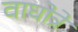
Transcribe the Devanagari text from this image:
वाघोत्रे